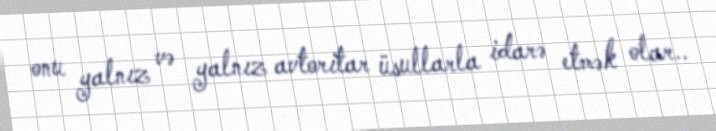
onu yalnız və yalnız avtoritar üsullarla idarə etmək olar..